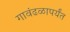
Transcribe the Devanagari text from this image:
गावंढळापर्यंत